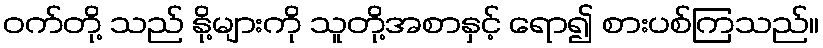
ဝက်တို့ သည် နို့များကို သူတို့အစာနှင့် ရော၍ စားပစ်ကြသည်။